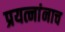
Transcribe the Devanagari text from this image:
प्रयत्नांनाच